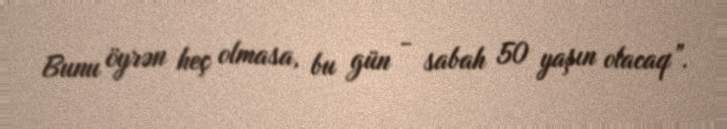
Bunu öyrən heç olmasa, bu gün - sabah 50 yaşın olacaq”.